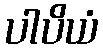
ပါပိယံ